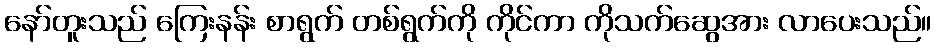
နော်တူးသည် ကြေးနန်း စာရွက် တစ်ရွက်ကို ကိုင်ကာ ကိုသက်ဆွေအား လာပေးသည်။